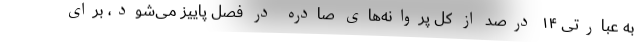
به عبارتی ۱۴ درصد از کل پروانه‌های صادره در فصل پاییز می‌شود، برای